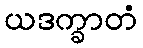
ယဒက္ခာတံ